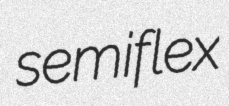
semiflex